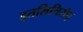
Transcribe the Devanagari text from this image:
इतलिचिसेद्